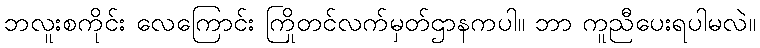
ဘလူးစကိုင်း လေကြောင်း ကြိုတင်လက်မှတ်ဌာနကပါ။ ဘာ ကူညီပေးရပါမလဲ။